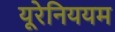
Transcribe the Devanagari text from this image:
यूरेनिययम